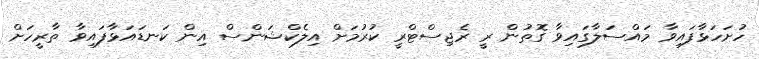
ހުށަހަޅާފައިވާ މައްސަލާގައިވާ ގޮތުން ރީ ރެޖިސްޓްރީ ކުރުމަށް އިލެކްޝަންސް އިން ކަނޑައަޅާފައިވާ ތާރީހަށް